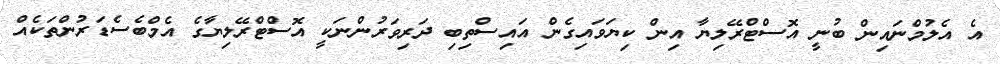
އެ އެލުމްނައިން ބުނީ އޮސްޓްރޭލިޔާ އިން ކިޔަވައިގެން އައިސްތިބި ދަރިވަރުންނަކީ އޮސްޓްރޭލިޔާގެ އެމްބެސެޑަރުންތަކެއް